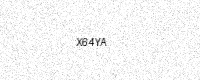
Text: X64YA